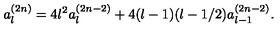
a _ { l } ^ { ( 2 n ) } = 4 l ^ { 2 } a _ { l } ^ { ( 2 n - 2 ) } + 4 ( l - 1 ) ( l - 1 / 2 ) a _ { l - 1 } ^ { ( 2 n - 2 ) } .